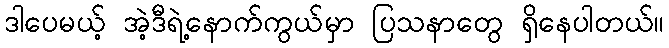
ဒါပေမယ့် အဲ့ဒီရဲ့နောက်ကွယ်မှာ ပြသနာတွေ ရှိနေပါတယ်။